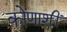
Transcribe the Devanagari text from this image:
कोणाशीं